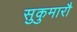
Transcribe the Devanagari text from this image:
सुकुमारौ